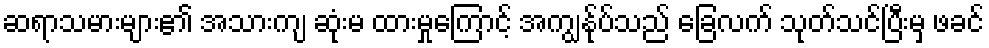
ဆရာသမားများ၏ အသားကျ ဆုံးမ ထားမှုကြောင့် အကျွန်ုပ်သည် ခြေလက် သုတ်သင်ပြီးမှ ဖခင်